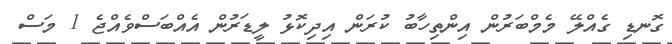
ގޮނޑި ގެއްލޭ މެމްބަރުން އިންތިހާބު ކުރަން އިދިކޮޅު ލީޑަރުން އެއްބަސްވެއްޖެ 1 މަސް